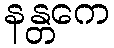
နန္တကေ